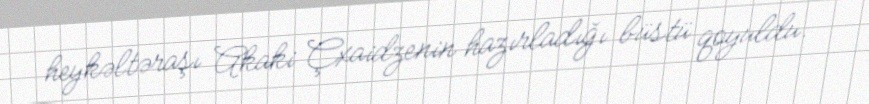
heykəltəraşı Akaki Çxaidzenin hazırladığı büstü qoyuldu.